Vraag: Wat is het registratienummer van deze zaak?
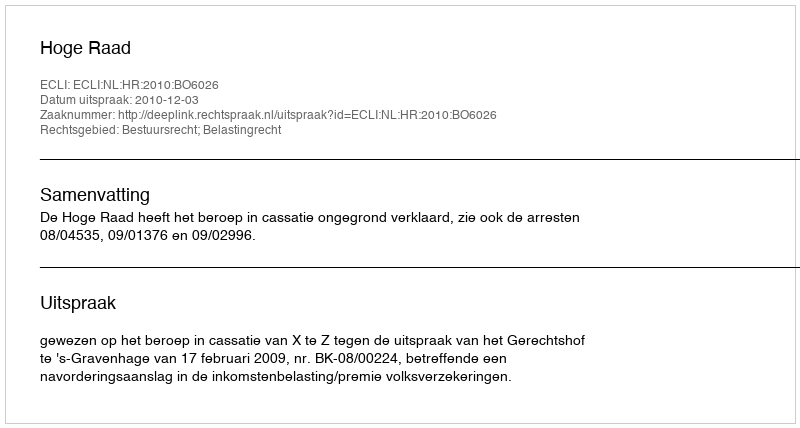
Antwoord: http://deeplink.rechtspraak.nl/uitspraak?id=ECLI:NL:HR:2010:BO6026